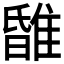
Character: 𨿹